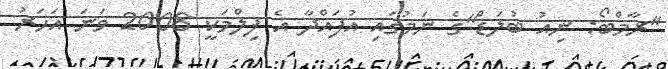
"ރާމްބޯ: ނިއު ބުލަޑް"ގެ ނަމުގައި އުފައްދާ އެ ފިލްމަކީ 2008 ވަނަ އަހަރު